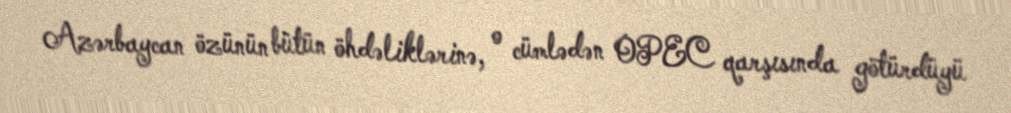
Azərbaycan özünün bütün öhdəliklərinə, o cümlədən OPEC qarşısında götürdüyü